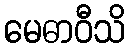
မေဓာဝီသိ